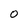
Character: 0